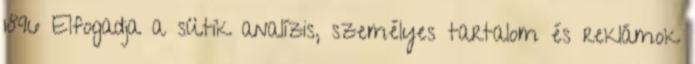
1896 Elfogadja a sütik analízis, személyes tartalom és reklámok